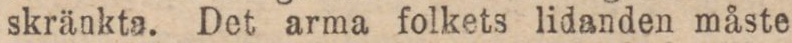
skränkta. Det arma folkets lidanden måste